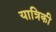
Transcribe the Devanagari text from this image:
यात्रिकी